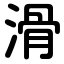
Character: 滑